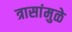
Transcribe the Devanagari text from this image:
त्रासांमुळे